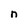
Character: n